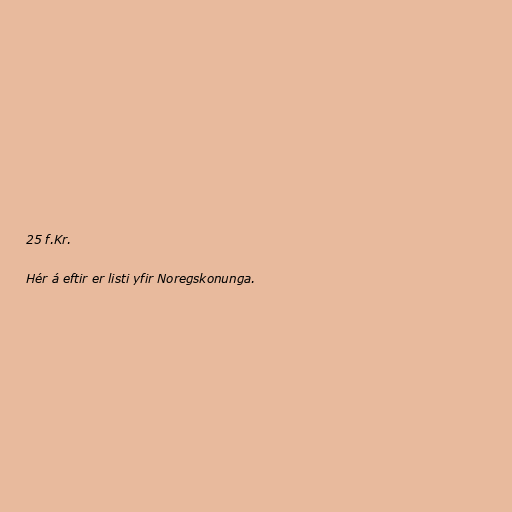
25 f.Kr.

Hér á eftir er listi yfir Noregskonunga.